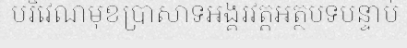
បរិវេណមុខប្រាសាទអង្គរវត្តអត្ថបទបន្ទាប់